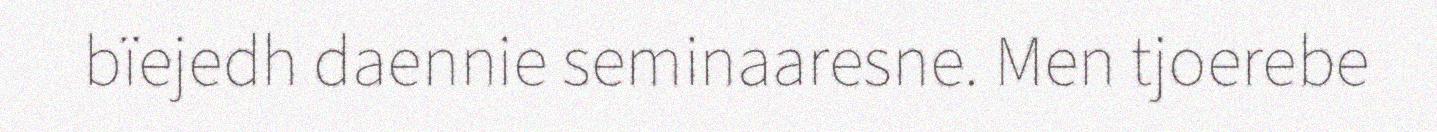
bïejedh daennie seminaaresne. Men tjoerebe